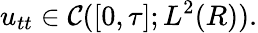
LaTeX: u_{tt}\in\mathcal{C}([0,\tau];L^{2}(R)).